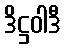
ဒိဋ္ဌဝါဒီ